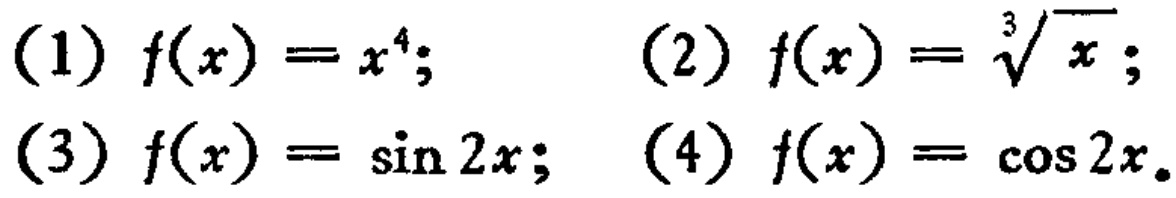
(1) \(f(x)=x^{4}\); (2) \(f(x)=\sqrt[3]{x}\); (3) \(f(x)=\sin 2x\); (4) \(f(x)=\cos 2x\).